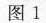
图1